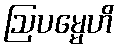
ဩပမ္မေဟိ